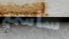
سأسمع